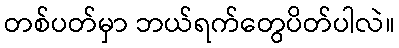
တစ်ပတ်မှာ ဘယ်ရက်တွေပိတ်ပါလဲ။